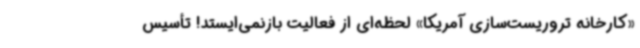
«کارخانه تروریست‌سازی آمریکا» لحظه‌ای از فعالیت بازنمی‌ایستد! تأسیس